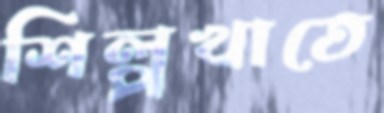
শিল্পখাতে